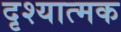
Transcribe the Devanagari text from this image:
दृश्‍यात्मक